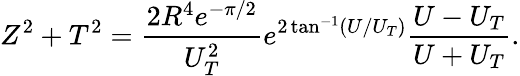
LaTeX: Z^{2}+T^{2}=\frac{2R^{4}e^{-\pi/2}}{U_{T}^{2}}e^{2\tan^{-1}(U/U_{T})}\frac{U-U_{T}}{U+U_{T}}.